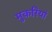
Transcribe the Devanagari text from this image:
मुकरियां